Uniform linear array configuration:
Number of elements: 16
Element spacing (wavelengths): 1
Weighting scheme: binomial
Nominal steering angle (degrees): -15
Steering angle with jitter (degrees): -14.005
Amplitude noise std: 0.05
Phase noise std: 0.05

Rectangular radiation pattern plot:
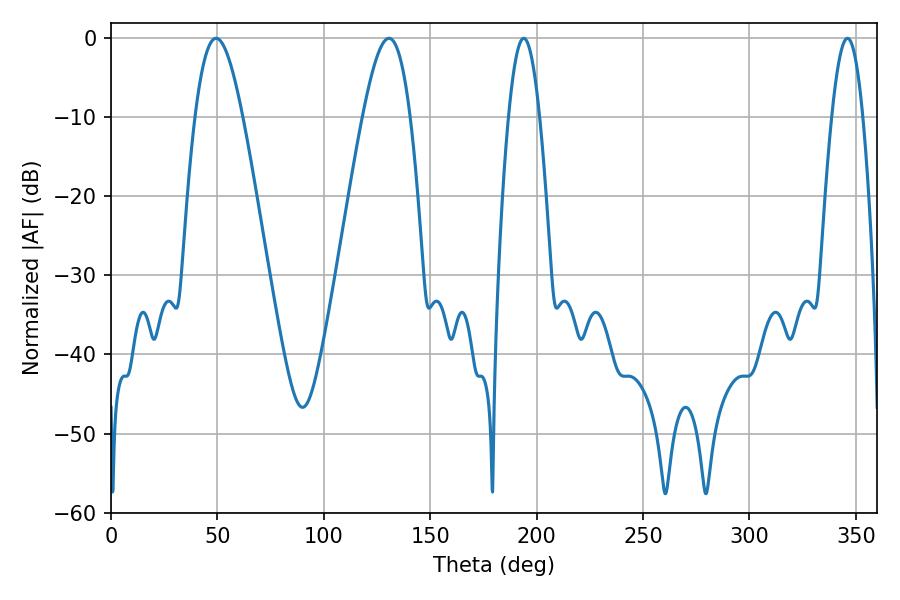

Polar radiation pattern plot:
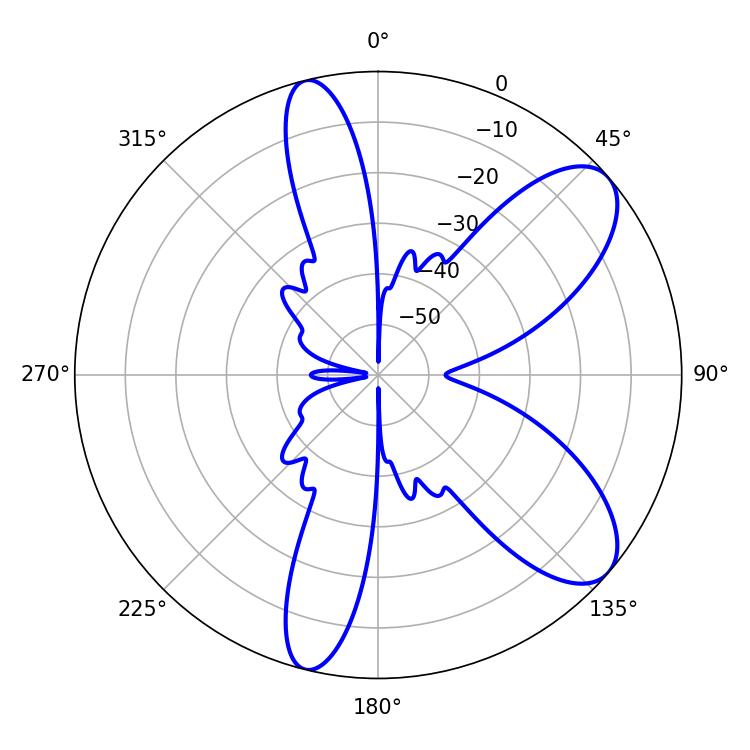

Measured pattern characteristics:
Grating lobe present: TRUE
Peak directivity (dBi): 8.588
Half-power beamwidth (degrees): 12.06
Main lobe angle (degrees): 49.32